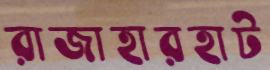
রাজাহারহাট